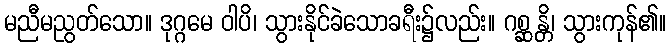
မညီမညွတ်သော။ ဒုဂ္ဂမေ ဝါပိ၊ သွားနိုင်ခဲသောခရီး၌လည်း။ ဂစ္ဆန္တိ၊ သွားကုန်၏။